Indian journal of veterinary science and animal husbandry - Volume 4,
Year: 1934
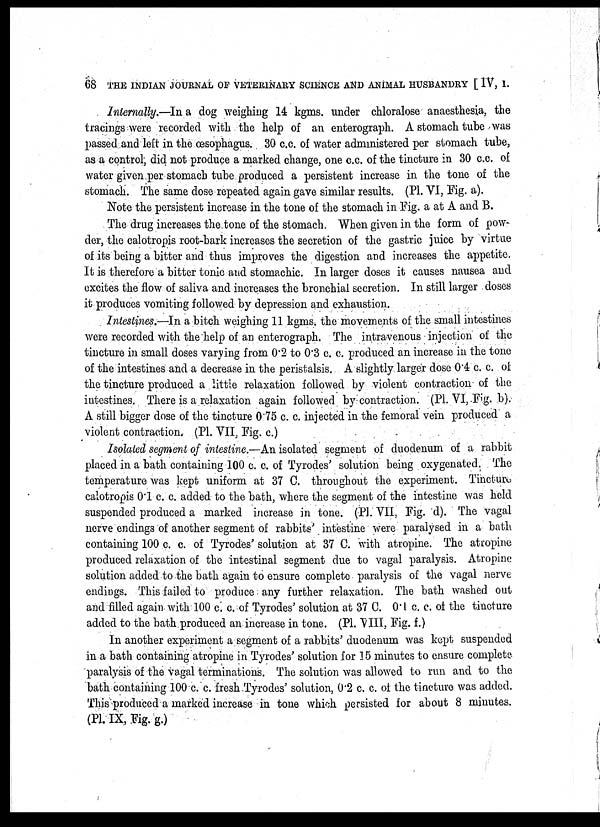
68 THE INDIAN JOURNAL OF VETERINARY SCIENCE AND ANIMAL HUSBANDRY [ IV, I.
Internally.—In a dog weighing 14 kgms. under chloralose anaesthesia, the
tracings were recorded with the help of an enterograph. A stomach tube was
passed and left in the œsophagus. 30 c.c. of water administered per stomach tube,
as a control, did not produce a marked change, one c.c. of the tincture in 30 c.c. of
water given per stomach tube produced a persistent increase in the tone of the
stomach. The same dose repeated again gave similar results. (PI. VI, Pig. a).
Note the persistent increase in the tone of the stomach in Pig. a at A and B.
The drug increases the tone of the stomach. When given in the form of pow-
der, the calotropis root-bark increases the secretion of the gastric juice by virtue
of its being a bitter and thus improves the digestion and increases the appetite.
It is therefore a bitter tonic and stomachic. In larger doses it causes nausea and
excites the flow of saliva and increases the bronchial secretion. In still larger doses
it produces vomiting followed by depression and exhaustion.
Intestines.—In a bitch weighing 11 kgms. the movements of the small intestines
were recorded with the help of an enterograph. The intravenous injection of the
tincture in small doses varying from 0.2 to 0.3 c. c. produced an increase in the tone
of the intestines and a decrease in the peristalsis. A slightly larger dose 0.4 c. c. of
the tincture produced a little relaxation followed by violent contraction of the
intestines. There is a relaxation again followed by contraction. (PI. VI Fig. b).
A still bigger dose of the tincture 0.75 c. c. injected in the femoral vein produced a
violent contraction. (PI. VII, Fig. c.)
Isolated segment of intestine.—An isolated segment of duodenum of a rabbit
placed in a bath containing 100 c. c. of Tyrodes' solution being oxygenated. The
temperature was kept uniform at 37 C. throughout the experiment. Tineture
calotropis 0.1 c. c. added to the bath, where the segment of the intestine was held
suspended produced a marked increase in tone. (PI VII, Fig. d). The vagal
nerve endings of another segment of rabbits' intestine were paralysed in a bath
containing 100 c. c. of Tyrodes' solution at 37 C. with atropine. The atropine
produced relaxation of the intestinal segment due to vagal paralysis. Atropine
solution added to the bath again to ensure complete paralysis of the vagal nerve
endings. This failed to produce any further relaxation. The bath washed out
and filled again with 100 c. c. of Tyrodes' solution at 37 C. 0.1 c. c. of the tincture
added to the bath produced an increase in tone. (PI. VIII, Fig. f.)
In another experiment a segment of a rabbits' duodenum was kept suspended
in a bath containing atropine in Tyrodes' solution for 15 minutes to ensure complete
paralysis of the vagal terminations. The solution was allowed to run and to the
bath containing 100 c. c. fresh Tyrodes' solution, 0.2 c. c. of the tincture was added.
This produced a marked increase in tone which persisted for about 8 minutes.
(Pl. IX, Fig. g.)